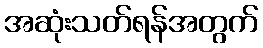
အဆုံးသတ်ရန်အတွက်